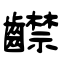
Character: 齽